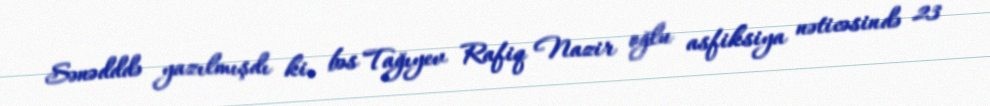
Sənədddə yazılmışdı ki, bəs Tağıyev Rafiq Nazir oğlu asfiksiya nəticəsində 23